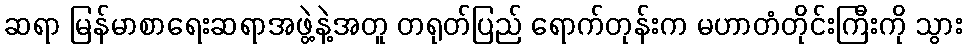
ဆရာ မြန်မာစာရေးဆရာအဖွဲ့နဲ့အတူ တရုတ်ပြည် ရောက်တုန်းက မဟာတံတိုင်းကြီးကို သွား